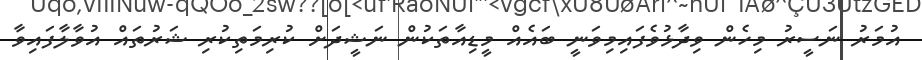
އުމަރު ނަސީރު މިހެން ވިދާޅުވެފައިމިވަނީ ބައެއް މީޑިއާތަކުން ނަޝީދަށް ކުރިމަތިކުރި ޝަރުތައް އުވާލާފައިވާ